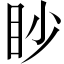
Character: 眇